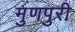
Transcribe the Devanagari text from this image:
मुणपुरी